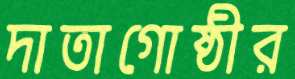
দাতাগোষ্ঠীর